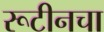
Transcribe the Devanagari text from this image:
रूटीनचा